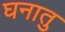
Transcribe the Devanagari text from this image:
घनातु